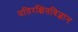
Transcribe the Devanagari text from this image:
प्रतिरक्षितविज्ञान